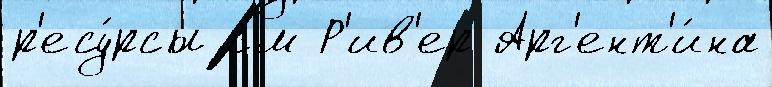
р'есу́рсы см Р'ив'ер Арг'ент'и́на